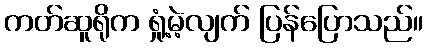
ကတ်ဆူရိုက ရှုံ့မဲ့လျက် ပြန်ပြောသည်။